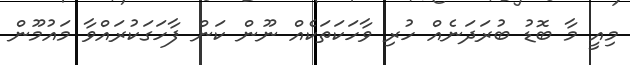
މިއީ މާ ބޮޑު ބުރަދަނެއް ހުރި ވާހަކަތަކެއް ނޫން ކަން ފާހަގަކުރައްވާ މައުމޫން